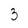
Character: 3